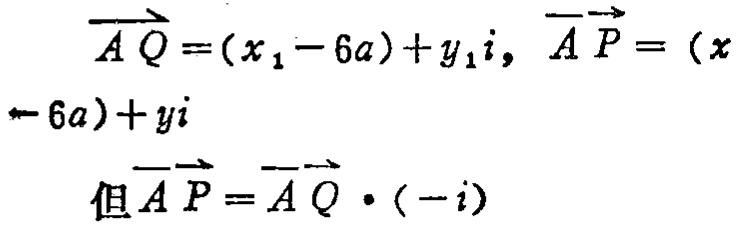
\[
\begin{align*}
\overrightarrow{AQ}&=(x_1 - 6a)+y_1i, \overrightarrow{AP}=(x - 6a)+yi\\
\text{但}\overrightarrow{AP}&=\overrightarrow{AQ}\cdot(-i)
\end{align*}
\]